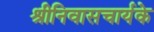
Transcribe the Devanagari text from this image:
श्रीनिवासचार्यके